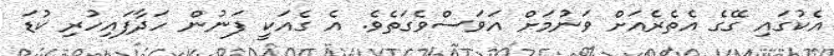
އެކުގައި ގޭގެ އެތެރެއަށް ވަނުމަށް އަވަސްވެގަތެވެ. އެ ގެއަކީ ފަނުން ހަދާފައިހުރި ކުޑަ